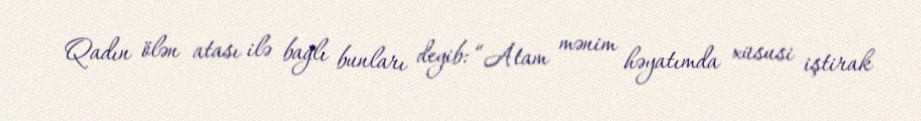
Qadın ölən atası ilə bağlı bunları deyib: “Atam mənim həyatımda xüsusi iştirak